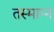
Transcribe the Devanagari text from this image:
तस्मान्न